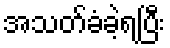
အသတ်ခံခဲ့ရပြီး